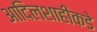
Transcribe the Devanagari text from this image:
आदिलशाहीकडे